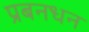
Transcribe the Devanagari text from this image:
प्रबनधन